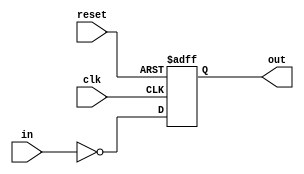
module Inverter_Delay (
    input wire clk,
    input wire reset,
    input wire in,
    output reg out
);

parameter DELAY = 5; // Adjust the delay value as per specifications

always @(posedge clk or posedge reset) begin
    if (reset) begin
        out <= 1'b0;
    end else begin
        #DELAY out <= ~in;
    end
end

endmodule